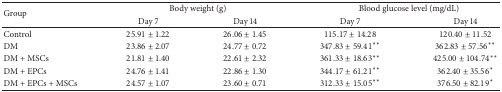
<table><thead><tr><td rowspan="2"><b>Group</b></td><td colspan="2"><b>Body weight (g)</b></td><td colspan="2"><b>Blood glucose level (mg/dL)</b></td></tr><tr><td><b>Day 7</b></td><td><b>Day 14</b></td><td><b>Day 7</b></td><td><b>Day 14</b></td></tr></thead><tbody><tr><td>Control</td><td>25.91 ± 1.22</td><td>26.06 ± 1.45</td><td>115.17 ± 14.28</td><td>120.40 ± 11.52</td></tr><tr><td>DM</td><td>23.86 ± 2.07</td><td>24.77 ± 0.72</td><td>347.83 ± 59.41**</td><td>362.83 ± 57.56**</td></tr><tr><td>DM + MSCs</td><td>21.81 ± 1.40</td><td>22.61 ± 2.32</td><td>361.33 ± 18.63**</td><td>425.00 ± 104.74**</td></tr><tr><td>DM + EPCs</td><td>24.76 ± 1.41</td><td>22.86 ± 1.30</td><td>344.17 ± 61.21**</td><td>362.40 ± 35.56*</td></tr><tr><td>DM + EPCs + MSCs</td><td>24.57 ± 1.07</td><td>23.60 ± 0.71</td><td>312.33 ± 15.05**</td><td>376.50 ± 82.19*</td></tr></tbody></table>